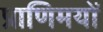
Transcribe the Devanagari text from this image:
प्राणिमयों